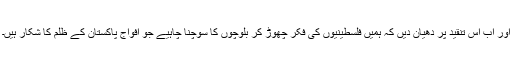
اور اب اس تنقید پر دھیان دیں کہ ہمیں فلسطینیوں کی فکر چھوڑ کر بلوچوں کا سوچنا چاہیے جو افواجِ پاکستان کے ظلم کا شکار ہیں۔